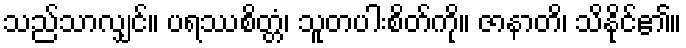
သည်သာလျှင်။ ပရဿစိတ္တံ၊ သူတပါးစိတ်ကို။ ဇာနာတိ၊ သိနိုင်၏။